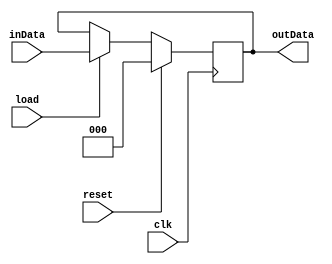
//
//
//  an 3-bit register that contains the values of the next state
//  used in the Two-Address Microcode Control Unit
//
//  Made by. Saad Al-Jehani [1935151] 
//  Feb 11th, 2023
//
//

module register_3 
	(input   [2:0] inData,
	 output  [2:0] outData,
	 input reset,
    input load,
    input clk);

	reg  [2:0] data;
	
	assign outData  = data;
	
	always @(posedge clk)
	begin
		   if(reset) // if there is reset signal, value returns to zero
			data <= 0;
			else if(load) data <= inData;
	end

endmodule